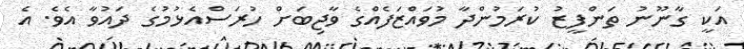
އަކީ ގާނޫނު ތަންފީޒު ކުރަމުންދާ މުވައްޒަފެއްގެ ވާޖިބަށް ހުރަސްއެޅުމުގެ ދައުވާ އެވެ. އެ